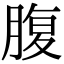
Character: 腹